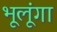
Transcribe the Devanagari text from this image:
भूलूंगा